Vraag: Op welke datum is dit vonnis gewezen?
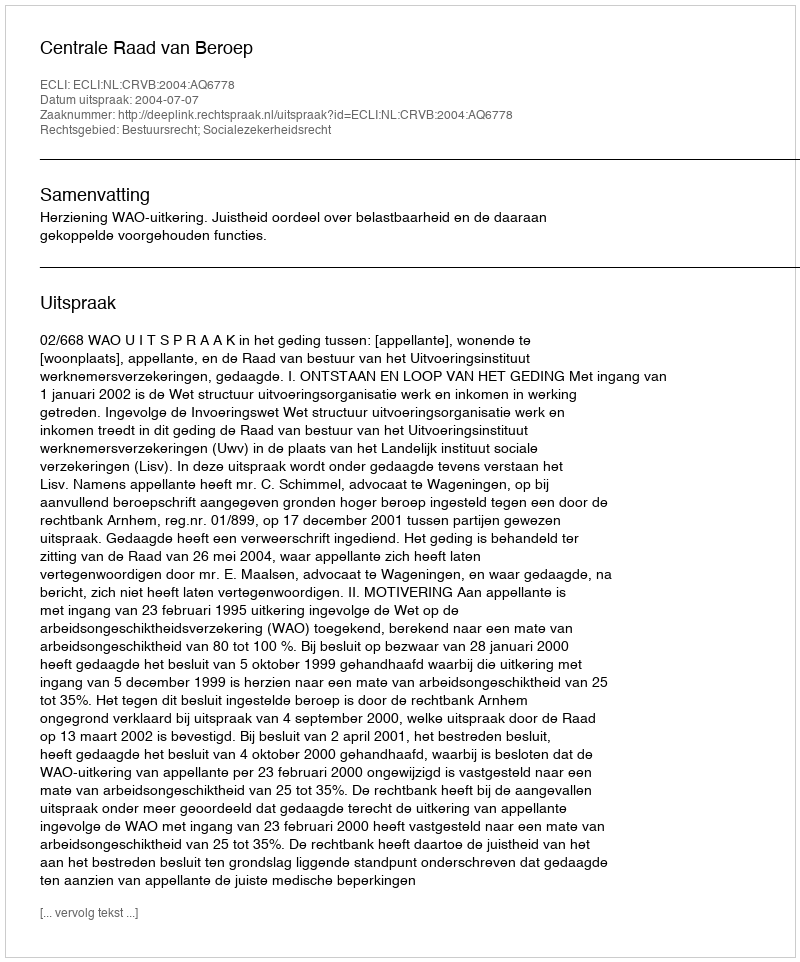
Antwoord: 2004-07-07